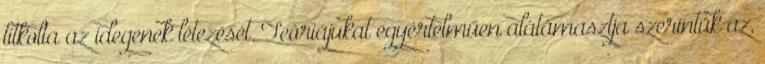
titkolta az idegenek létezését. Teóriájukat egyértelműen alátámasztja szerintük az,